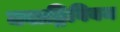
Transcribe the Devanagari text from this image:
क्वाड्रिवियम